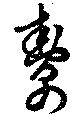
幇